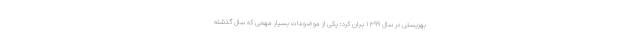
بهزیستی در سال ۱۳۹۹ بیان کرد: یکی از موضوعات بسیار مهمی که سال گذشته